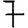
Digit: 7